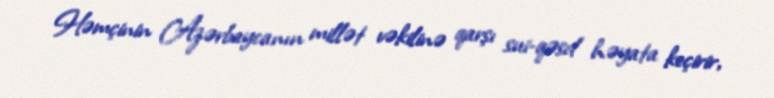
Həmçinin Azərbaycanın millət vəkilinə qarşı sui-qəsd həyata keçirir,